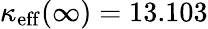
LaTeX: \kappa_{\mathrm{eff}}(\infty)=13.103